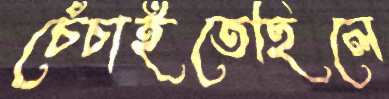
চেঁচাইতেছিলে